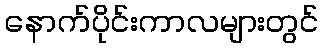
နောက်ပိုင်းကာလများတွင်